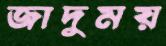
জাদুময়